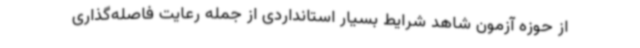
از حوزه آزمون شاهد شرایط بسیار استانداردی از جمله رعایت فاصله‌گذاری